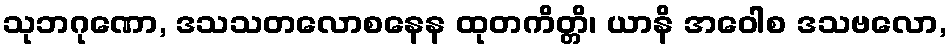
သုဘဂုဏော, ဒသသတလောစနေန ထုတကိတ္တိ၊ ယာနိ အဝေါစ ဒသဗလော,